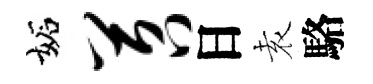
妬苕日𡊮駱